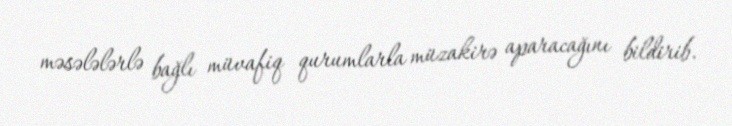
məsələlərlə bağlı müvafiq qurumlarla müzakirə aparacağını bildirib.